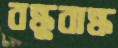
বন্ধুবান্ধ